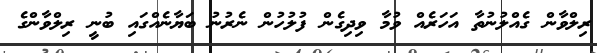
ރިލްވާން ގެއްލުނުތާ އަހަރެއް ވުމާ ވިދިގެން ފުލުހުން ނެރުނު ބަޔާނެއްގައި ބުނީ ރިލްވާންގެ